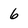
Character: 6